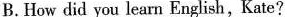
B.How did you learn English, Kate?